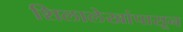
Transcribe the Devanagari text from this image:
शिलालेखांपासून